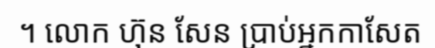
។ លោក ហ៊ុន សែន ប្រាប់អ្នកកាសែត